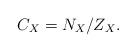
LaTeX: \begin{align*}C_X=N_X/Z_X.\end{align*}